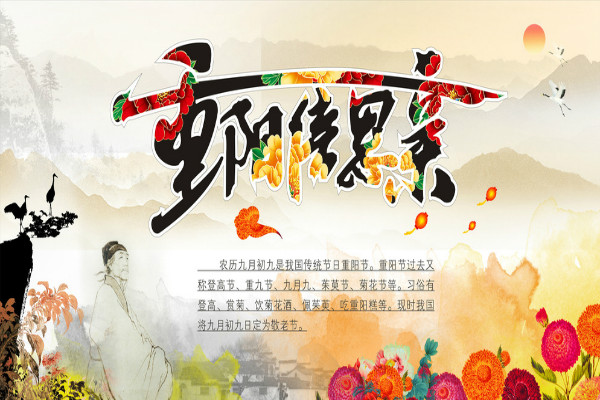
时节是重阳，菊花牵恨长。